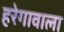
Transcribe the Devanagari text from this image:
हरेगावाला